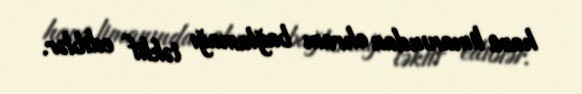
hava limanından ehram bağlamağı təklif ediblər.